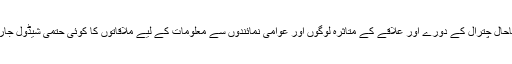
تاہم کمیٹی نے تاحال چترال کے دورے اور علاقے کے متاثرہ لوگوں اور عوامی نمائندوں سے معلومات کے لیے ملاقاتوں کا کوئی حتمی شیڈول جاری نہیں کیا ہے۔